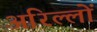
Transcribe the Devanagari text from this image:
अरिल्लों